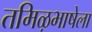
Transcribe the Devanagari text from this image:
तमिऴभाषेला